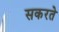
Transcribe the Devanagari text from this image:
सकरते